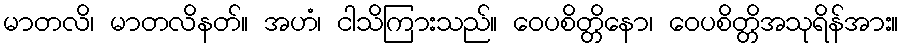
မာတလိ၊ မာတလိနတ်။ အဟံ၊ ငါသိကြားသည်။ ဝေပစိတ္တိနော၊ ဝေပစိတ္တိအသုရိန်အား။